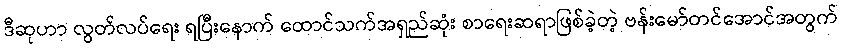
ဒီဆုဟာ လွတ်လပ်ရေး ရပြီးနောက် ထောင်သက်အရှည်ဆုံး စာရေးဆရာဖြစ်ခဲ့တဲ့ ဗန်းမော်တင်အောင်အတွက်